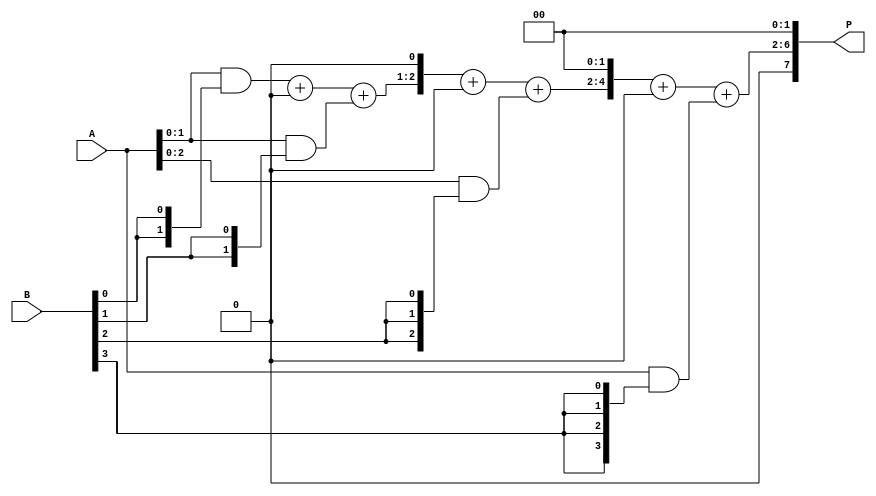
module array_multiplier #(parameter N = 4, M = 4) (
    input [N-1:0] A,      // First operand
    input [M-1:0] B,      // Second operand
    output [N+M-1:0] P    // Product output
);

    // Intermediate partial products
    wire [N-1:0] partial_product[M-1:0];

    // Generate partial products
    genvar i, j;
    generate
        for (i = 0; i < M; i = i + 1) begin : gen_partial_products
            assign partial_product[i] = A & {N{B[i]}}; // AND A with each bit of B
        end
    endgenerate

    // Array of sums
    wire [N+M:0] sum [0:M-1]; // To hold the sums of partial products
    assign sum[0] = {1'b0, partial_product[0]}; // Initialize with the first partial product

    // Summation of partial products
    generate
        for (j = 1; j < M; j = j + 1) begin : sum_partial_products
            assign sum[j] = sum[j-1] + {j{1'b0}} + {1'b0, partial_product[j]} << j; // Shift and add
        end
    endgenerate

    // Final product
    assign P = sum[M-1][N+M-1:1]; // Final output excluding the carry out

endmodule